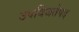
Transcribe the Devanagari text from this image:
उपविजतेपद